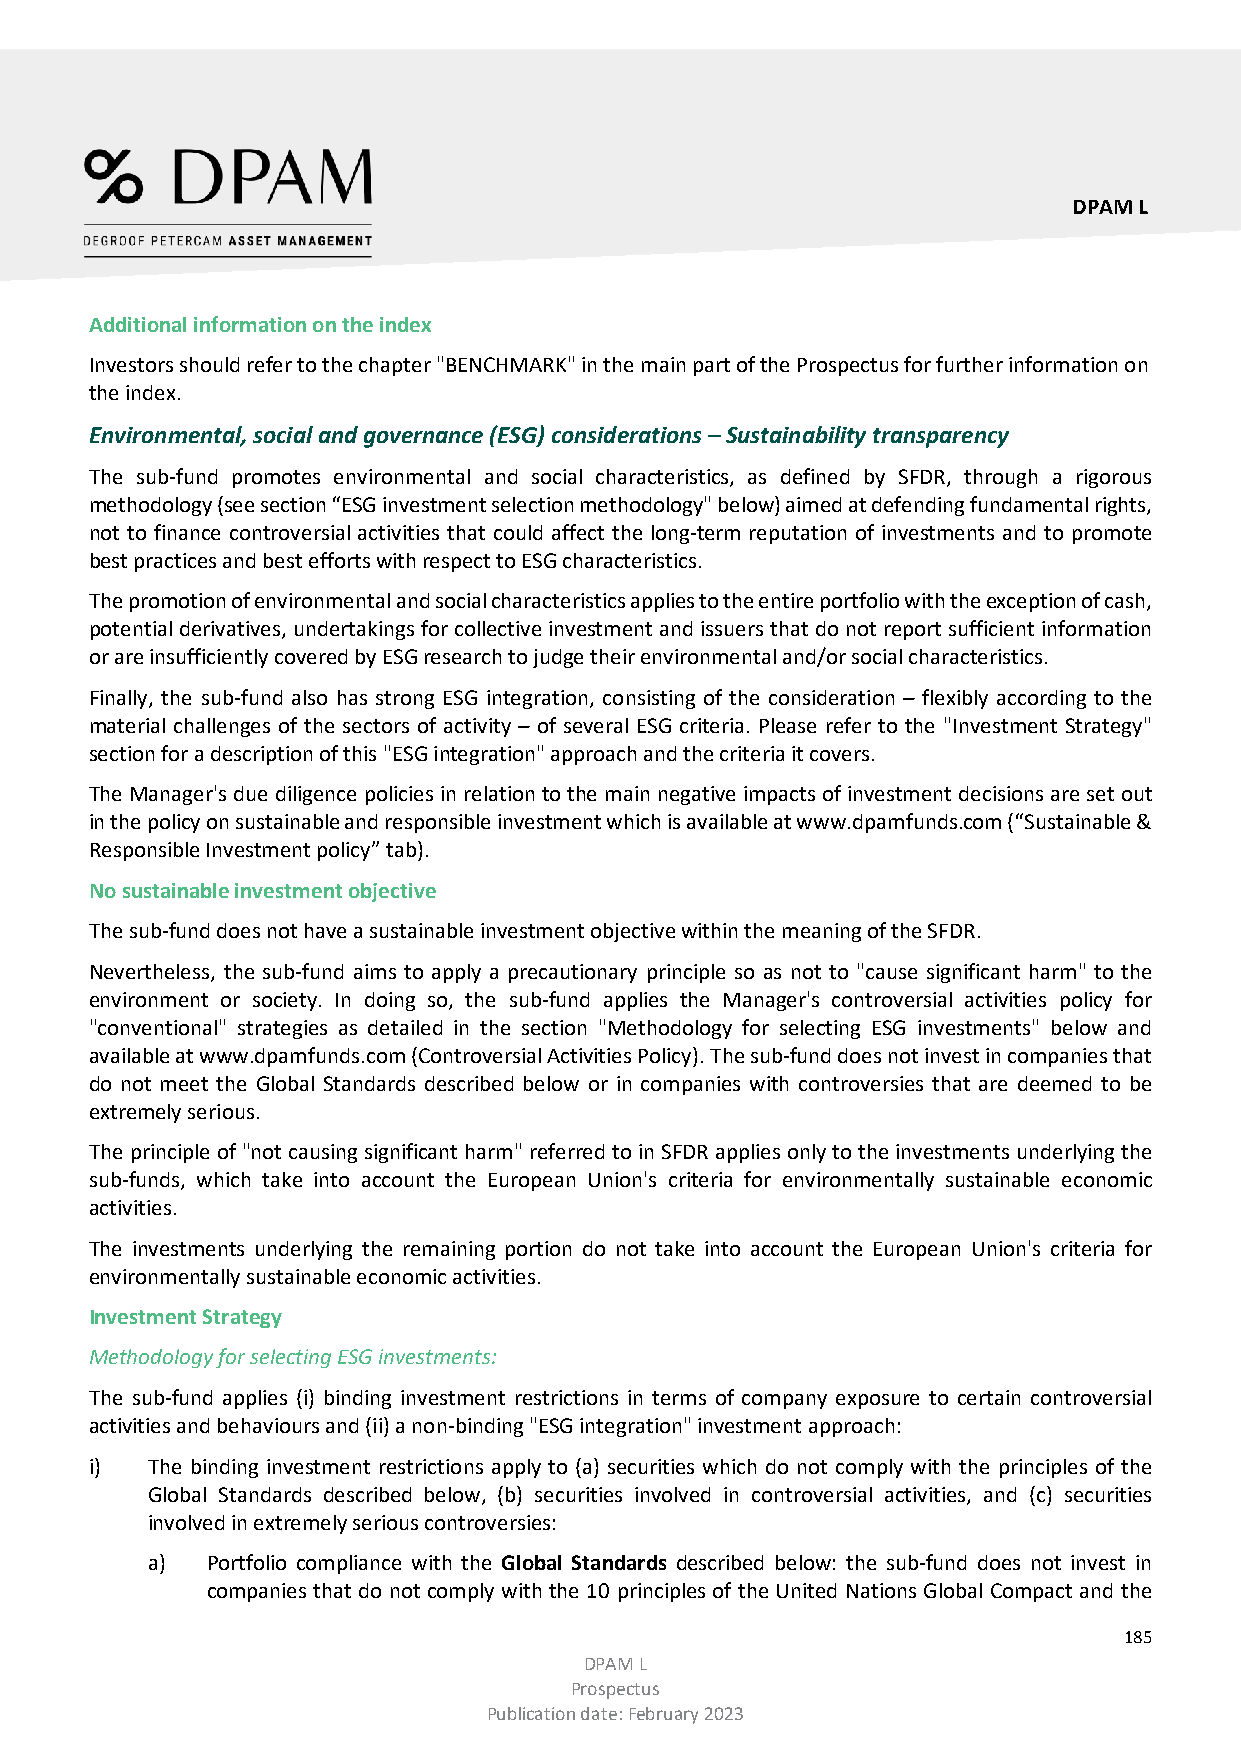
DPAM L
 Additional information on the index
 Investors should refer to the chapter "BENCHMARK" in the main part of the Prospectus for further information on
 the index.
 Environmental, social and governance (ESG) considerations – Sustainability transparency
 The sub-fund promotes environmental and social characteristics, as defined by SFDR, through a rigorous
 methodology (see section “ESG investment selection methodology" below) aimed at defending fundamental rights,
 not to finance controversial activities that could affect the long-term reputation of investments and to promote
 best practices and best efforts with respect to ESG characteristics.
 The promotion of environmental and social characteristics applies to the entire portfolio with the exception of cash,
 potential derivatives, undertakings for collective investment and issuers that do not report sufficient information
 or are insufficiently covered by ESG research to judge their environmental and/or social characteristics.
 Finally, the sub-fund also has strong ESG integration, consisting of the consideration – flexibly according to the
 material challenges of the sectors of activity – of several ESG criteria. Please refer to the "Investment Strategy"
 section for a description of this "ESG integration" approach and the criteria it covers.
 The Manager's due diligence policies in relation to the main negative impacts of investment decisions are set out
 in the policy on sustainable and responsible investment which is available at www.dpamfunds.com (“Sustainable &
 Responsible Investment policy” tab).
 No sustainable investment objective
 The sub-fund does not have a sustainable investment objective within the meaning of the SFDR.
 Nevertheless, the sub-fund aims to apply a precautionary principle so as not to "cause significant harm" to the
 environment or society. In doing so, the sub-fund applies the Manager's controversial activities policy for
 "conventional" strategies as detailed in the section "Methodology for selecting ESG investments" below and
 available at www.dpamfunds.com (Controversial Activities Policy). The sub-fund does not invest in companies that
 do not meet the Global Standards described below or in companies with controversies that are deemed to be
 extremely serious.
 The principle of "not causing significant harm" referred to in SFDR applies only to the investments underlying the
 sub-funds, which take into account the European Union's criteria for environmentally sustainable economic
 activities.
 The investments underlying the remaining portion do not take into account the European Union's criteria for
 environmentally sustainable economic activities.
 Investment Strategy
 Methodology for selecting ESG investments:
 The sub-fund applies (i) binding investment restrictions in terms of company exposure to certain controversial
 activities and behaviours and (ii) a non-binding "ESG integration" investment approach:
 i)  The binding investment restrictions apply to (a) securities which do not comply with the principles of the
 Global Standards described below, (b) securities involved in controversial activities, and (c) securities
 involved in extremely serious controversies:
 a)  Portfolio compliance with the Global Standards described below: the sub-fund does not invest in
 companies that do not comply with the 10 principles of the United Nations Global Compact and the
 185
 DPAM L
 Prospectus
 Publication date: February 2023